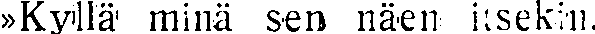
»Kyllä minä sen näen itsekin.